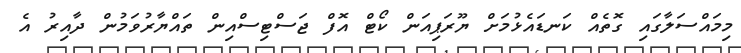
މިމައްސަލާގައި ގޮތެއް ކަނޑައެޅުމަށް ޔޫރަޕިއަން ކޯޓް އޮފް ޖަސްޓިސްއިން ތައްޔާރުވަމުން ދާއިރު އެ